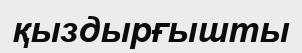
қыздырғышты